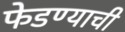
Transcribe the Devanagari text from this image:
फेडण्याची